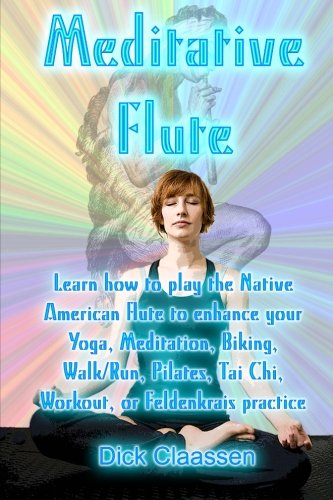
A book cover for Meditative Flute: Learn how to play the Native American flute to enhance your Yoga, Meditation, Biking, Walk/Run, Pilates, Tai Chi, Workout, or Feldenkrais practice; Dick Claassen; Health, Fitness & Dieting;